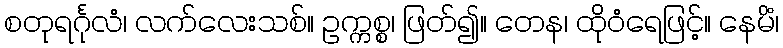
စတုရင်္ဂုလံ၊ လက်လေးသစ်။ ဥက္ကစ္စ၊ ဖြတ်၍။ တေန၊ ထိုဝံရေဖြင့်။ နေမိံ၊